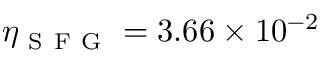
\eta _ { \mathrm { ~ S ~ F ~ G ~ } } = 3 . 6 6 \times 1 0 ^ { - 2 }